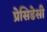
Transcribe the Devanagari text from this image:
प्रेसिडेसी